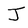
Character: J